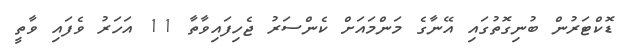
ޑޮކްޓަރުން ބުނިގޮތުގައި އޭނާގެ މަންމައަށް ކެންސަރު ޖެހިފައިވާތާ 11 އަހަރު ވެފައި ވާތީ